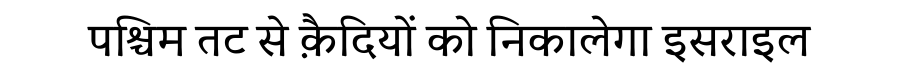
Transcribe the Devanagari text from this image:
पश्चिम तट से क़ैदियों को निकालेगा इसराइल